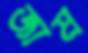
জাম